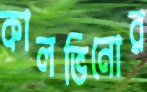
কালভিনোর